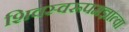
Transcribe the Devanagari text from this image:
शिवस्वरूपमज्ञात्वा